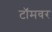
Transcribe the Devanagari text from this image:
टॉमवर